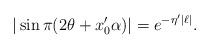
LaTeX: \begin{align*} |\sin\pi(2\theta+x_0^\prime\alpha)|=e^{-\eta ^\prime|\ell|}. \end{align*}